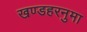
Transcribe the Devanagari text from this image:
खण्डहरनुमा